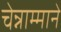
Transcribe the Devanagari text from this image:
चेन्नाम्माने